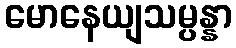
မောနေယျသမ္ပန္နာ